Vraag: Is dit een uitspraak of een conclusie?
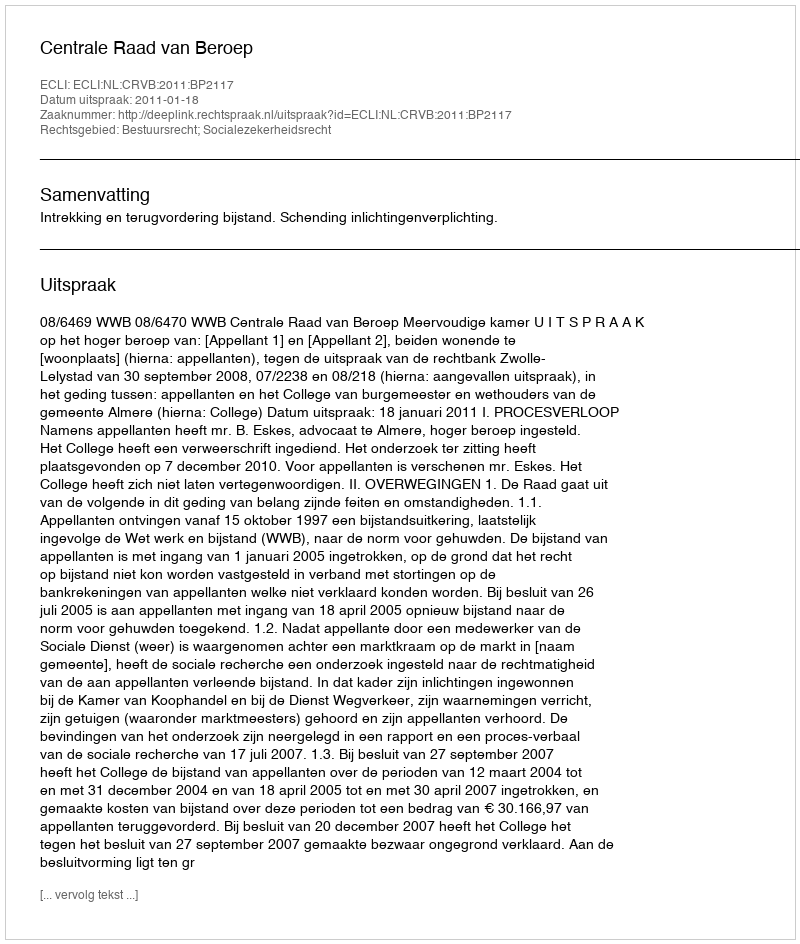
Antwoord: Uitspraak